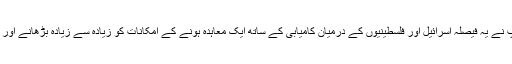
وائٹ ہاؤس کے ترجمان شین اسپائسر کے مطابق، ’’صدر ٹرمپ نے یہ فیصلہ اسرائیل اور فلسطینیوں کے درمیان کامیابی کے ساتھ ایک معاہدہ ہونے کے امکانات کو زیادہ سے زیادہ بڑھانے اور امریکا کے نیشنل سکیورٹی مفادات کے تحفظ کے لیے کیا ہے۔